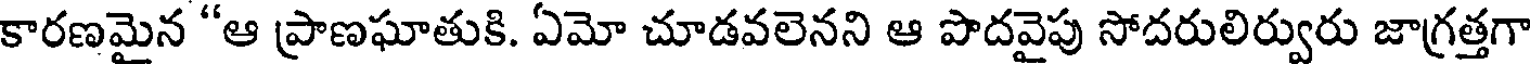
కారణమైన "ఆ ప్రాణఘాతుకి. ఏమో చూడవలెనని ఆ పొదవైపు సోదరులిర్వురు జాగ్రత్తగా